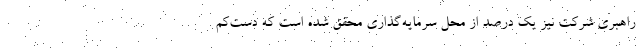
راهبری شرکت نیز یک درصد از محل سرمایه‌گذاری محقق شده است که دست‌کم